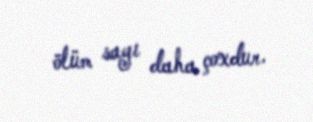
ölüm sayı daha çoxdur.